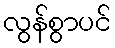
လွန်စွာပင်